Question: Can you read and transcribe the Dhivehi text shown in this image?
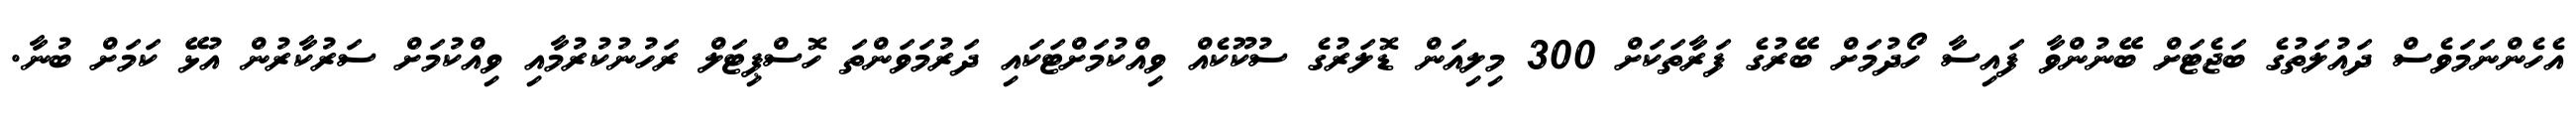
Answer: އެހެންނަމަވެސް ދައުލަތުގެ ބަޖެޓަށް ބޭނުންވާ ފައިސާ ހޯދުމަށް ބޭރުގެ ފަރާތަކަށް 300 މިލިއަން ޑޮލަރުގެ ސުކޫކެއް ވިއްކުމަށްޓަކައި ދަރުމަވަންތަ ހޮސްޕިޓަލް ރަހުނުކުރުމާއި ވިއްކުމަށް ސަރުކާރުން އުޅޭ ކަމަށް ބުނާ.